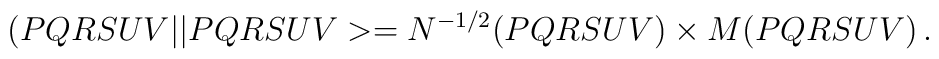
(PQRSUV\vert\vert PQRSUV>=N^{-1/2}(PQRSUV)\times M(PQRSUV)\, .